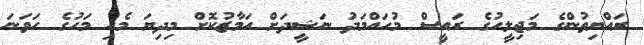
ރައްޔިތުންގެ މަޖިލީހުގެ ރައީސް މުހައްމަދު ނަޝީދަށް އަމާޒުކޮށް މިދިޔަ މެއި މަހުގެ ހަވަނަ